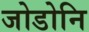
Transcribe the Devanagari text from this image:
जोडोनि